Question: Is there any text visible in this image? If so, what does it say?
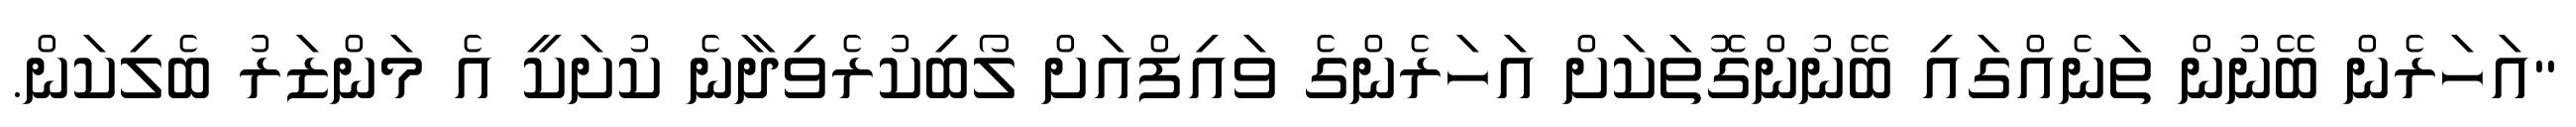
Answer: "އަހަރެން ބޭނުން ތަނެއްގައި ބޭނުންގޮތަކަށް އަހަރެންގެ ވައިފްއަށް ލޯބިކުރެވިދާނެ ކުށަކީ އެ މަންޒަރު ބެލިކަން.